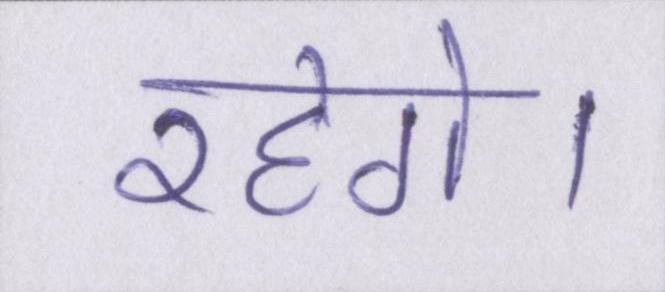
रहेगे।